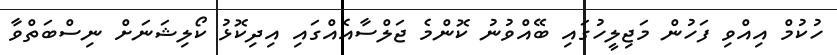
ހުކުމް އިއްވި ފަހުން މަޖިލީހުގައި ބޭއްވުނު ކޮންމެ ޖަލްސާއެއްގައި އިދިކޮޅު ކޯލިޝަނަށް ނިސްބަތްވާ